Civil Veterinary Department. Madras. Admin. report 1926-33 - 1926-1933
Year: 1926
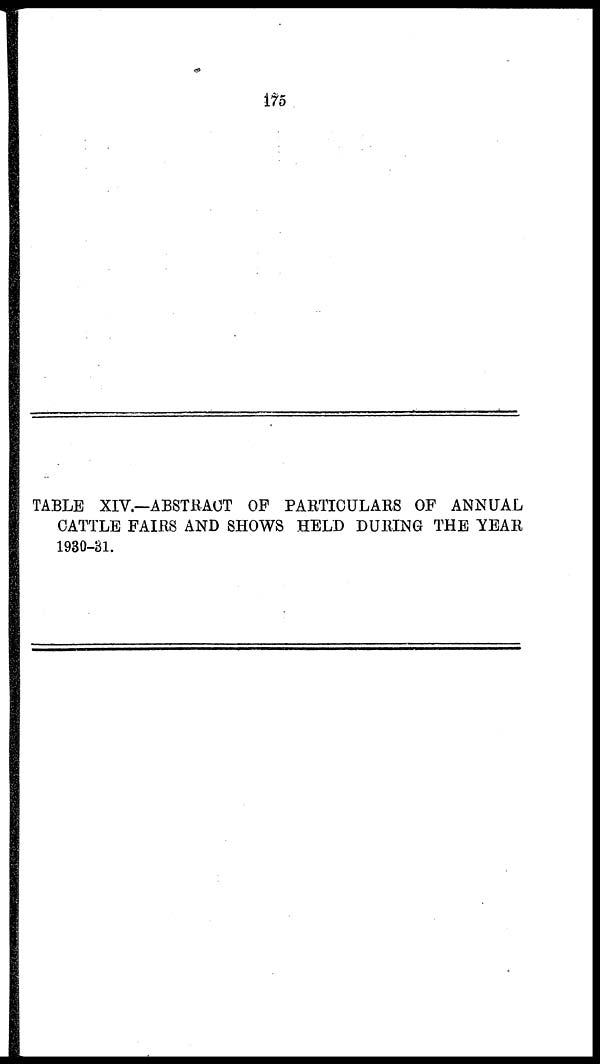
175
TABLE XIV.—ABSTRACT OP PARTICULARS OF ANNUAL
CATTLE FAIRS AND SHOWS HELD DURING THE YEAR
1930-81.